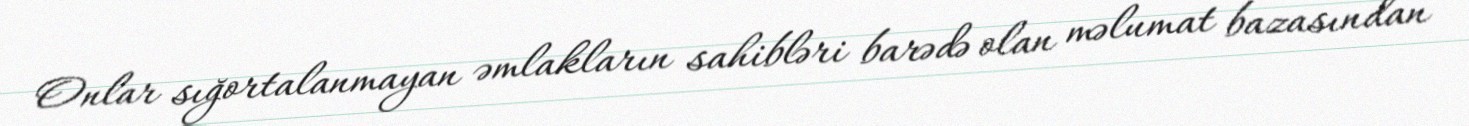
Onlar sığortalanmayan əmlakların sahibləri barədə olan məlumat bazasından